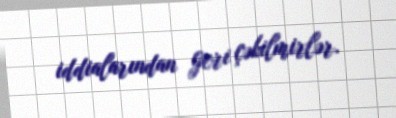
iddialarından geri çəkilmirlər.